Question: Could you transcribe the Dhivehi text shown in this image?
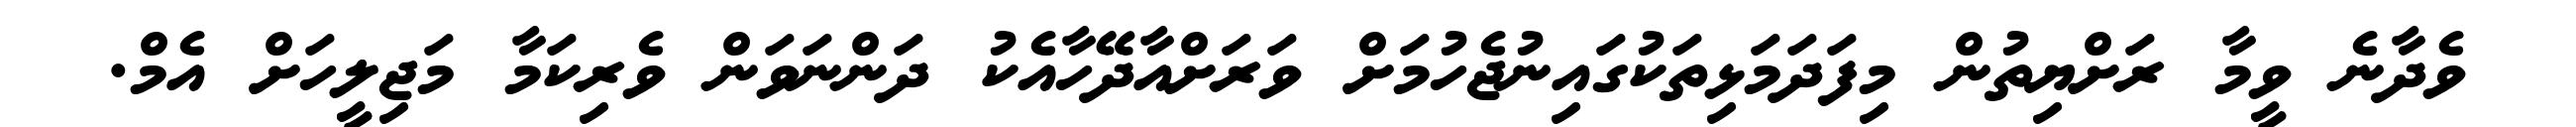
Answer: ވެދާނެ ވީމާ ރަށްޔިތުން މިފަދަމަޅިތަކުގައިނުޖެހުމަށް ވަރަށްއާދޭހާއެކު ދަންނަވަން ވެރިކަމާ މަޖިލީހަށް އެމް.